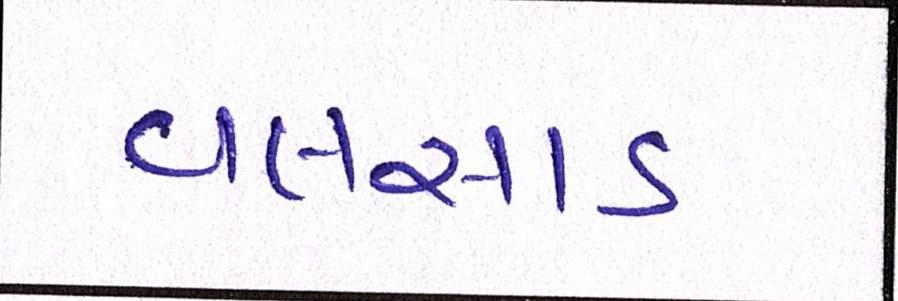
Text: વલસાડ